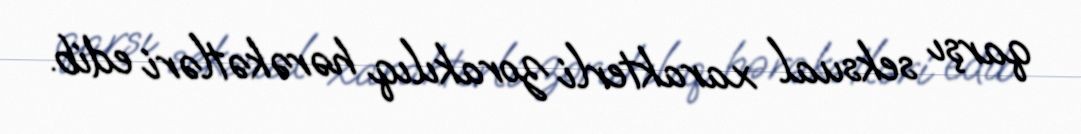
qarşı seksual xarakterli zorakılıq hərəkətləri edib.